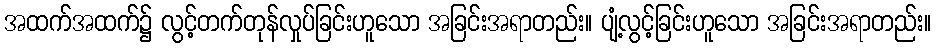
အထက်အထက်၌ လွင့်တက်တုန်လှုပ်ခြင်းဟူသော အခြင်းအရာတည်း။ ပျံ့လွင့်ခြင်းဟူသော အခြင်းအရာတည်း။